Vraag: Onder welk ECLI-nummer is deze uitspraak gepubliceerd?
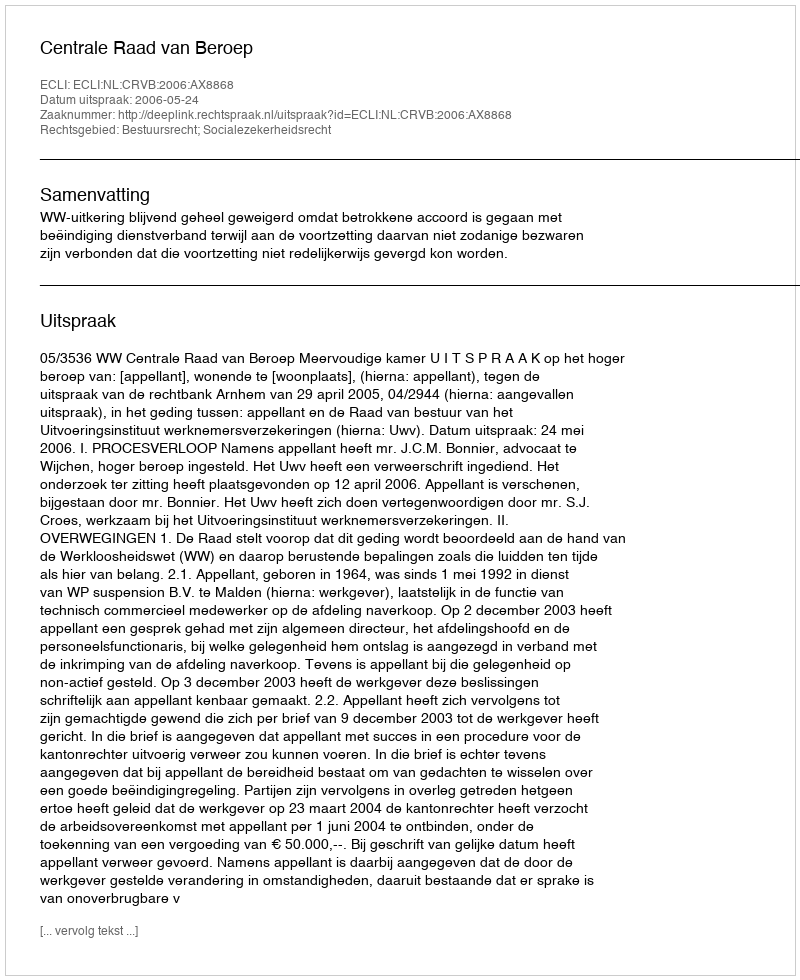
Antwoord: ECLI:NL:CRVB:2006:AX8868